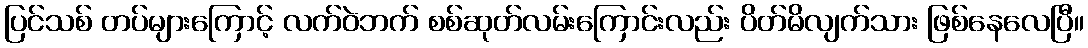
ပြင်သစ် တပ်များကြောင့် လက်ဝဲဘက် စစ်ဆုတ်လမ်းကြောင်းလည်း ပိတ်မိလျက်သား ဖြစ်နေလေပြီ။